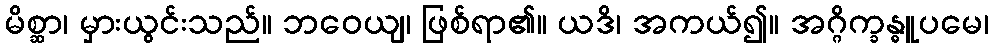
မိစ္ဆာ၊ မှားယွင်းသည်။ ဘဝေယျ၊ ဖြစ်ရာ၏။ ယဒိ၊ အကယ်၍။ အဂ္ဂိက္ခန္ဓူပမေ၊